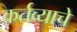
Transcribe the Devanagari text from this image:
कर्तव्याचे